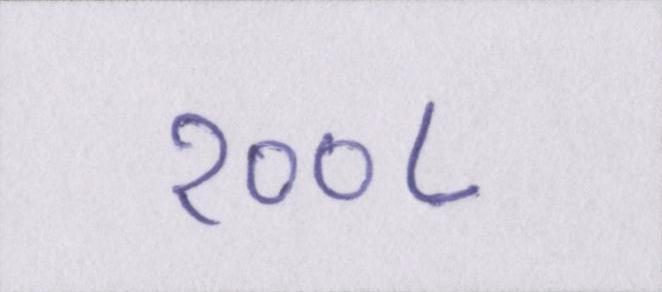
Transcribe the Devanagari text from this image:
२००८